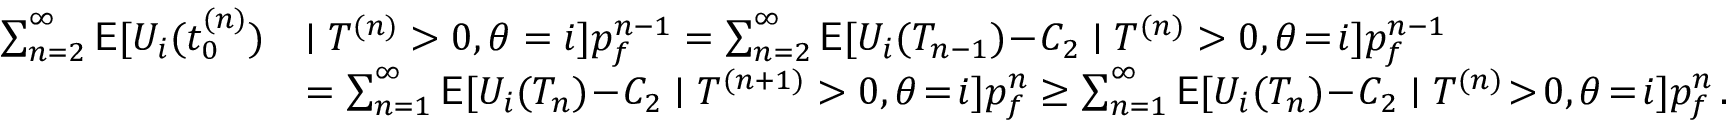
\begin{array} { r l } { \sum _ { n = 2 } ^ { \infty } \mathsf { E } [ U _ { i } ( t _ { 0 } ^ { ( n ) } ) } & { \mid T ^ { ( n ) } > 0 , \theta = i ] p _ { f } ^ { n - 1 } = \sum _ { n = 2 } ^ { \infty } \mathsf { E } [ U _ { i } ( T _ { n - 1 } ) \! - \! C _ { 2 } \mid T ^ { ( n ) } > 0 , \theta \! = \! i ] p _ { f } ^ { n - 1 } } \\ & { = \sum _ { n = 1 } ^ { \infty } \mathsf { E } [ U _ { i } ( T _ { n } ) \! - \! C _ { 2 } \mid T ^ { ( n + 1 ) } > 0 , \theta \! = \! i ] p _ { f } ^ { n } \ge \sum _ { n = 1 } ^ { \infty } \mathsf { E } [ U _ { i } ( T _ { n } ) \! - \! C _ { 2 } \mid T ^ { ( n ) } \! > \! 0 , \theta \! = \! i ] p _ { f } ^ { n } \, . } \end{array}